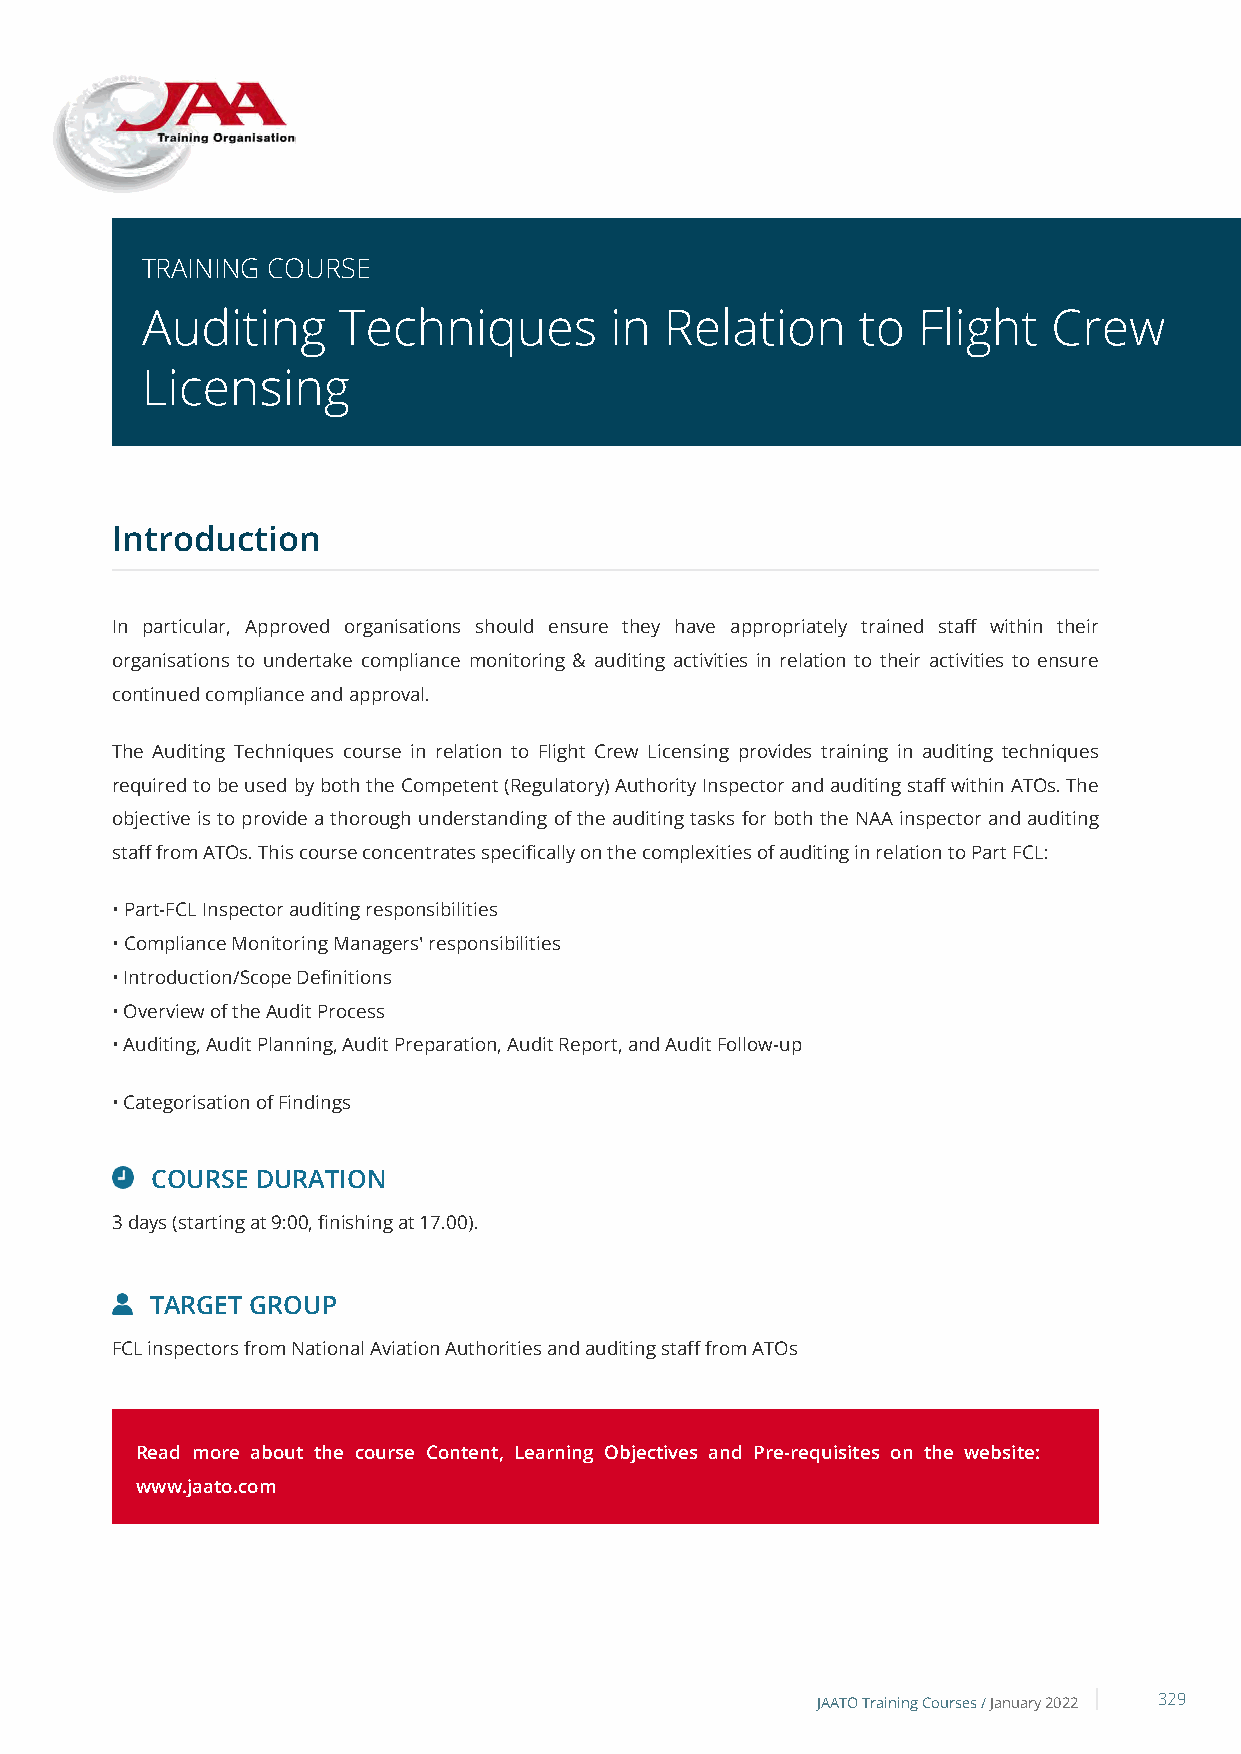
TRAINING COURSE
 Auditing     Techniques        in  Relation     to  Flight   Crew
 Licensing
 Introduction
 In particular, Approved organisations should ensure they have appropriately trained staff within their
 organisations to undertake compliance monitoring & auditing activities in relation to their activities to ensure
 continued compliance and approval.
 The Auditing Techniques course in relation to Flight Crew Licensing provides training in auditing techniques
 required to be used by both the Competent (Regulatory) Authority Inspector and auditing staff within ATOs. The
 objective is to provide a thorough understanding of the auditing tasks for both the NAA inspector and auditing
 staff from ATOs. This course concentrates specifically on the complexities of auditing in relation to Part FCL:
 • Part-FCL Inspector auditing responsibilities
 • Compliance Monitoring Managers' responsibilities
 • Introduction/Scope Definitions
 • Overview of the Audit Process
 • Auditing, Audit Planning, Audit Preparation, Audit Report, and Audit Follow-up
 • Categorisation of Findings
 COURSE DURATION
 3 days (starting at 9:00, finishing at 17.00).
 TARGET GROUP
 FCL inspectors from National Aviation Authorities and auditing staff from ATOs
 Read more about the course Content, Learning Objectives and Pre-requisites on the website:
 www.jaato.com
 JAATO Training Courses /January 2022 329